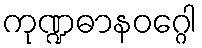
ကုဏ္ဍဓာနဝဂ္ဂေါ